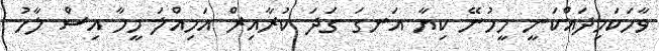
ވާހަކަމިދައްކަނީ މީހުނޭ ކިޔާ އަނގަ ގަދަ ކުރާއިރް އަމިއްލަ މީހާ އިސް ލާހު